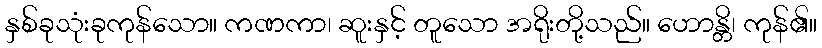
နှစ်ခုသုံးခုကုန်သော။ ကဏကာ၊ ဆူးနှင့် တူသော အရိုးတို့သည်။ ဟောန္တိ၊ ကုန်၏။